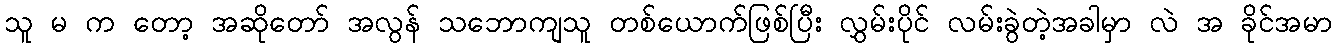
သူ မ က တော့ အဆိုတော် အလွန် သဘောကျသူ တစ်ယောက်ဖြစ်ပြီး လွှမ်းပိုင် လမ်းခွဲတဲ့အခါမှာ လဲ အ ခိုင်အမာ